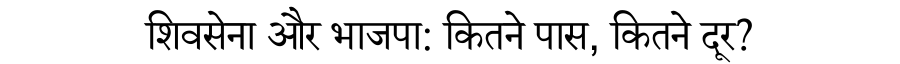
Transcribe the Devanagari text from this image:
शिवसेना और भाजपा: कितने पास, कितने दूर?